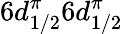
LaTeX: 6d_{1/2}^{\pi}6d_{1/2}^{\pi}